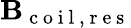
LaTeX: \mathbf{B}_{\mathrm{{~c~o~i~l~}},\mathrm{{~r~e~s~}}}